Physiological action of certain drugs in tablet form - Number 52A
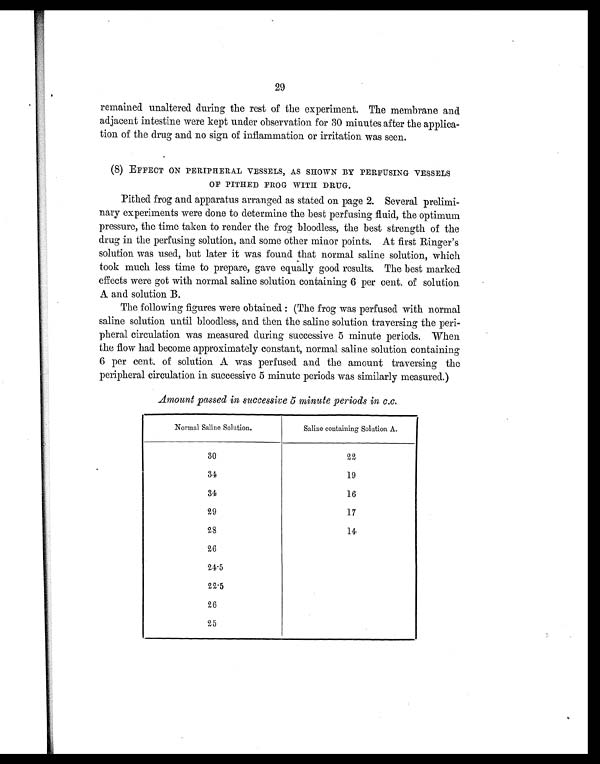
29
remained unaltered during the rest of the experiment. The membrane and
adjacent intestine were kept under observation for 30 minutes after the applica
-tion of the drug and no sign of inflammation or irritation was seen.
(8) EFFECT ON PERIPHERAL VESSELS, AS SHOWN BY PERFUSING VESSELS
OF PITHED FROG WITH DRUG.
Pithed frog and apparatus arranged as stated on page 2. Several prelimi
-nary experiments were done to determine the best perfusing fluid, the optimum
pressure, the time taken to render the frog bloodless, the best strength of the
drug in the perfusing solution, and some other minor points. At first Ringer's
solution was used, but later it was found that normal saline solution, which
took much less time to prepare, gave equally good results. The best marked
effects were got with normal saline solution containing 6 per cent. of solution
A and solution B.
The following figures were obtained.: (The frog was perfused with normal
saline solution until bloodless, and then the saline solution traversing the peri
-pheral circulation was measured during successive 5 minute periods. When
the flow had become approximately constant, normal saline solution containing
6 per cent. of solution A was perfused and the amount traversing the
peripheral circulation in. successive 5 minute periods was similarly measured.)
Amount passed in successive
Normal Saline Solution.
5 minute periods in c.c.
Saline containing Solution A.
30
22
34
19
34
16
29
17
28
14
26
24.5
22.5
26
2 5